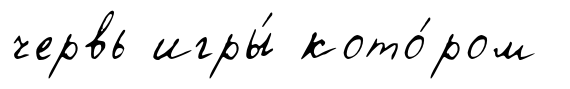
червь игры́ кото́ром